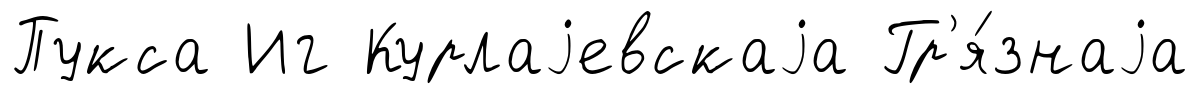
Пукса Иг Курлаjевскаjа Гр'я́знаjа